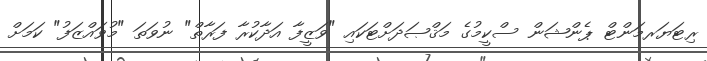
ރިޓަޔަރމަންޓް ޕެންޝަން ސްކީމުގެ މަޤްޞަދަށްޓަކައި "ވަޒީފާ އަދާކުރާ ފަރާތް" ނުވަތަ "މުވައްޒަފު" ކަމަށް